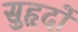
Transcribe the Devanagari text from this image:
सुहृदों